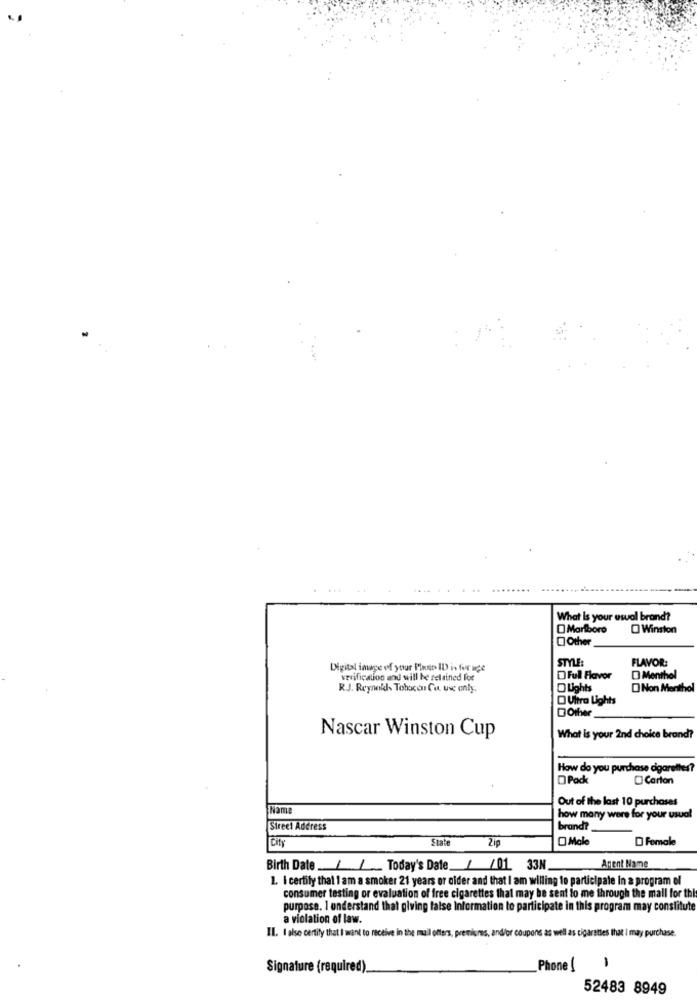
What Is your usual brand?
Marlboro
O Winston
Other
STYLE
FLAVOR:
Digital image of your Plant ID in for uge
verification and will be retained for
Ful Flavor
D Menthol
R.J. Reynolds Tohacer Cu. use only.
O Lights
ONon Menthol
Ultra Lights
DOther
Nascar Winston Cup
What is your 2nd choice brand?
How do you purchase cigarettes?
D Pack
Carton
Out of the last 10 purchases
Name
how many were for your usual
Sireci Address
brand?
City
State
Zip
Male
D Female
Birth Date./ / Today's Date / /01 33N
Agent Name
1. I certify that I am a smoker 21 years or oider and that I am willing to participate in a program of
consumer testing or evaluation of free cigarettes that may be sent to me through the mall for thi
purpose. I understand that giving false Information to participate in this program may constitute
a violation of law.
IL. I also certify that I want to receive in the muil offers, premiums, and/or coupons as well as cigarettes that I may purchase.
1
Signature (required).
Phone (
52483 8949